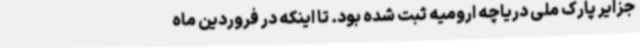
جزایر پارک ملی دریاچه ارومیه ثبت شده بود. تا اینکه در فروردین ماه